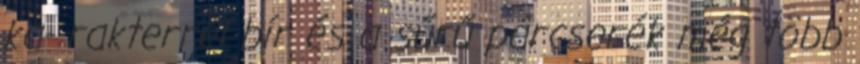
ka- rakterrel bír és a sűrű párcserék még több